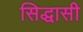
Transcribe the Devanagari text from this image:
सिद्धासी